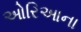
ઓરિઆના